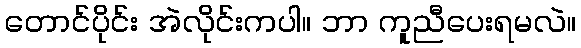
တောင်ပိုင်း အဲလိုင်းကပါ။ ဘာ ကူညီပေးရမလဲ။